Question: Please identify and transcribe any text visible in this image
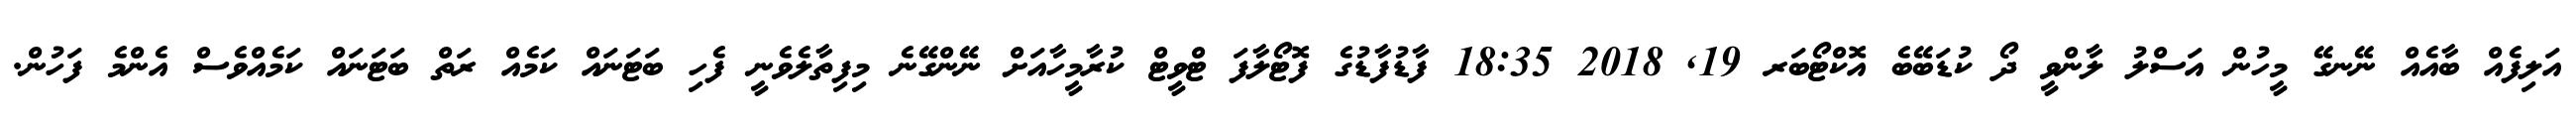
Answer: އަލިފެއް ބާއެއް ނޭނގޭ މީހުން އަސްލު ލާންވީ ދޯ ކުޑަބޭބެ އޮކްޓޯބަރ 19, 2018 18:35 ފާޑުފާޑުގެ ފޮޓޯލާފަ ޓްވީޓް ކުރާމީހާއަށް ނޭންގޭނެ މިފިތާލެވެނީ ފެހި ބަޓަނައް ކަމެއް ރަތް ބަޓަނައް ކަމެއްވެސް އެންމެ ފަހުން.